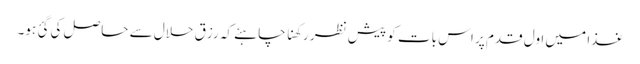
غذا میں اول قدم پر اس بات کو پیش نظر رکھنا چاہئے کہ رزق حلال سے حاصل کی گئ ہو۔